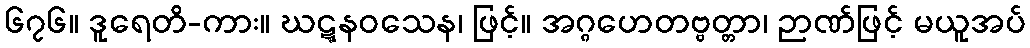
၆၇၆။ ဒူရေတိ-ကား။ ဃဋ္ဋနဝသေန၊ ဖြင့်။ အဂ္ဂဟေတဗ္ဗတ္တာ၊ ဉာဏ်ဖြင့် မယူအပ်